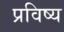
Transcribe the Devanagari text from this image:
प्रविष्य